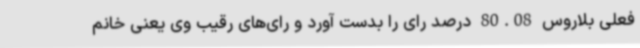
فعلی بلاروس 80.08 درصد رای را بدست آورد و رای‌های رقیب وی یعنی خانم